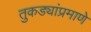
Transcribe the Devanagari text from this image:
तुकड्यांप्रमाणे